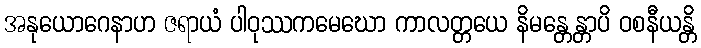
အနုယောဂေနာဟ ဇရာယံ ပါဝုဿကမေဃော ကာလတ္တယေ နိမန္တေန္တာပိ ဝစနီယန္တိ